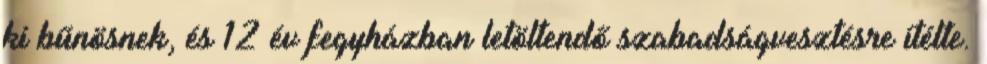
ki bűnösnek, és 12 év fegyházban letöltendő szabadságvesztésre ítélte.